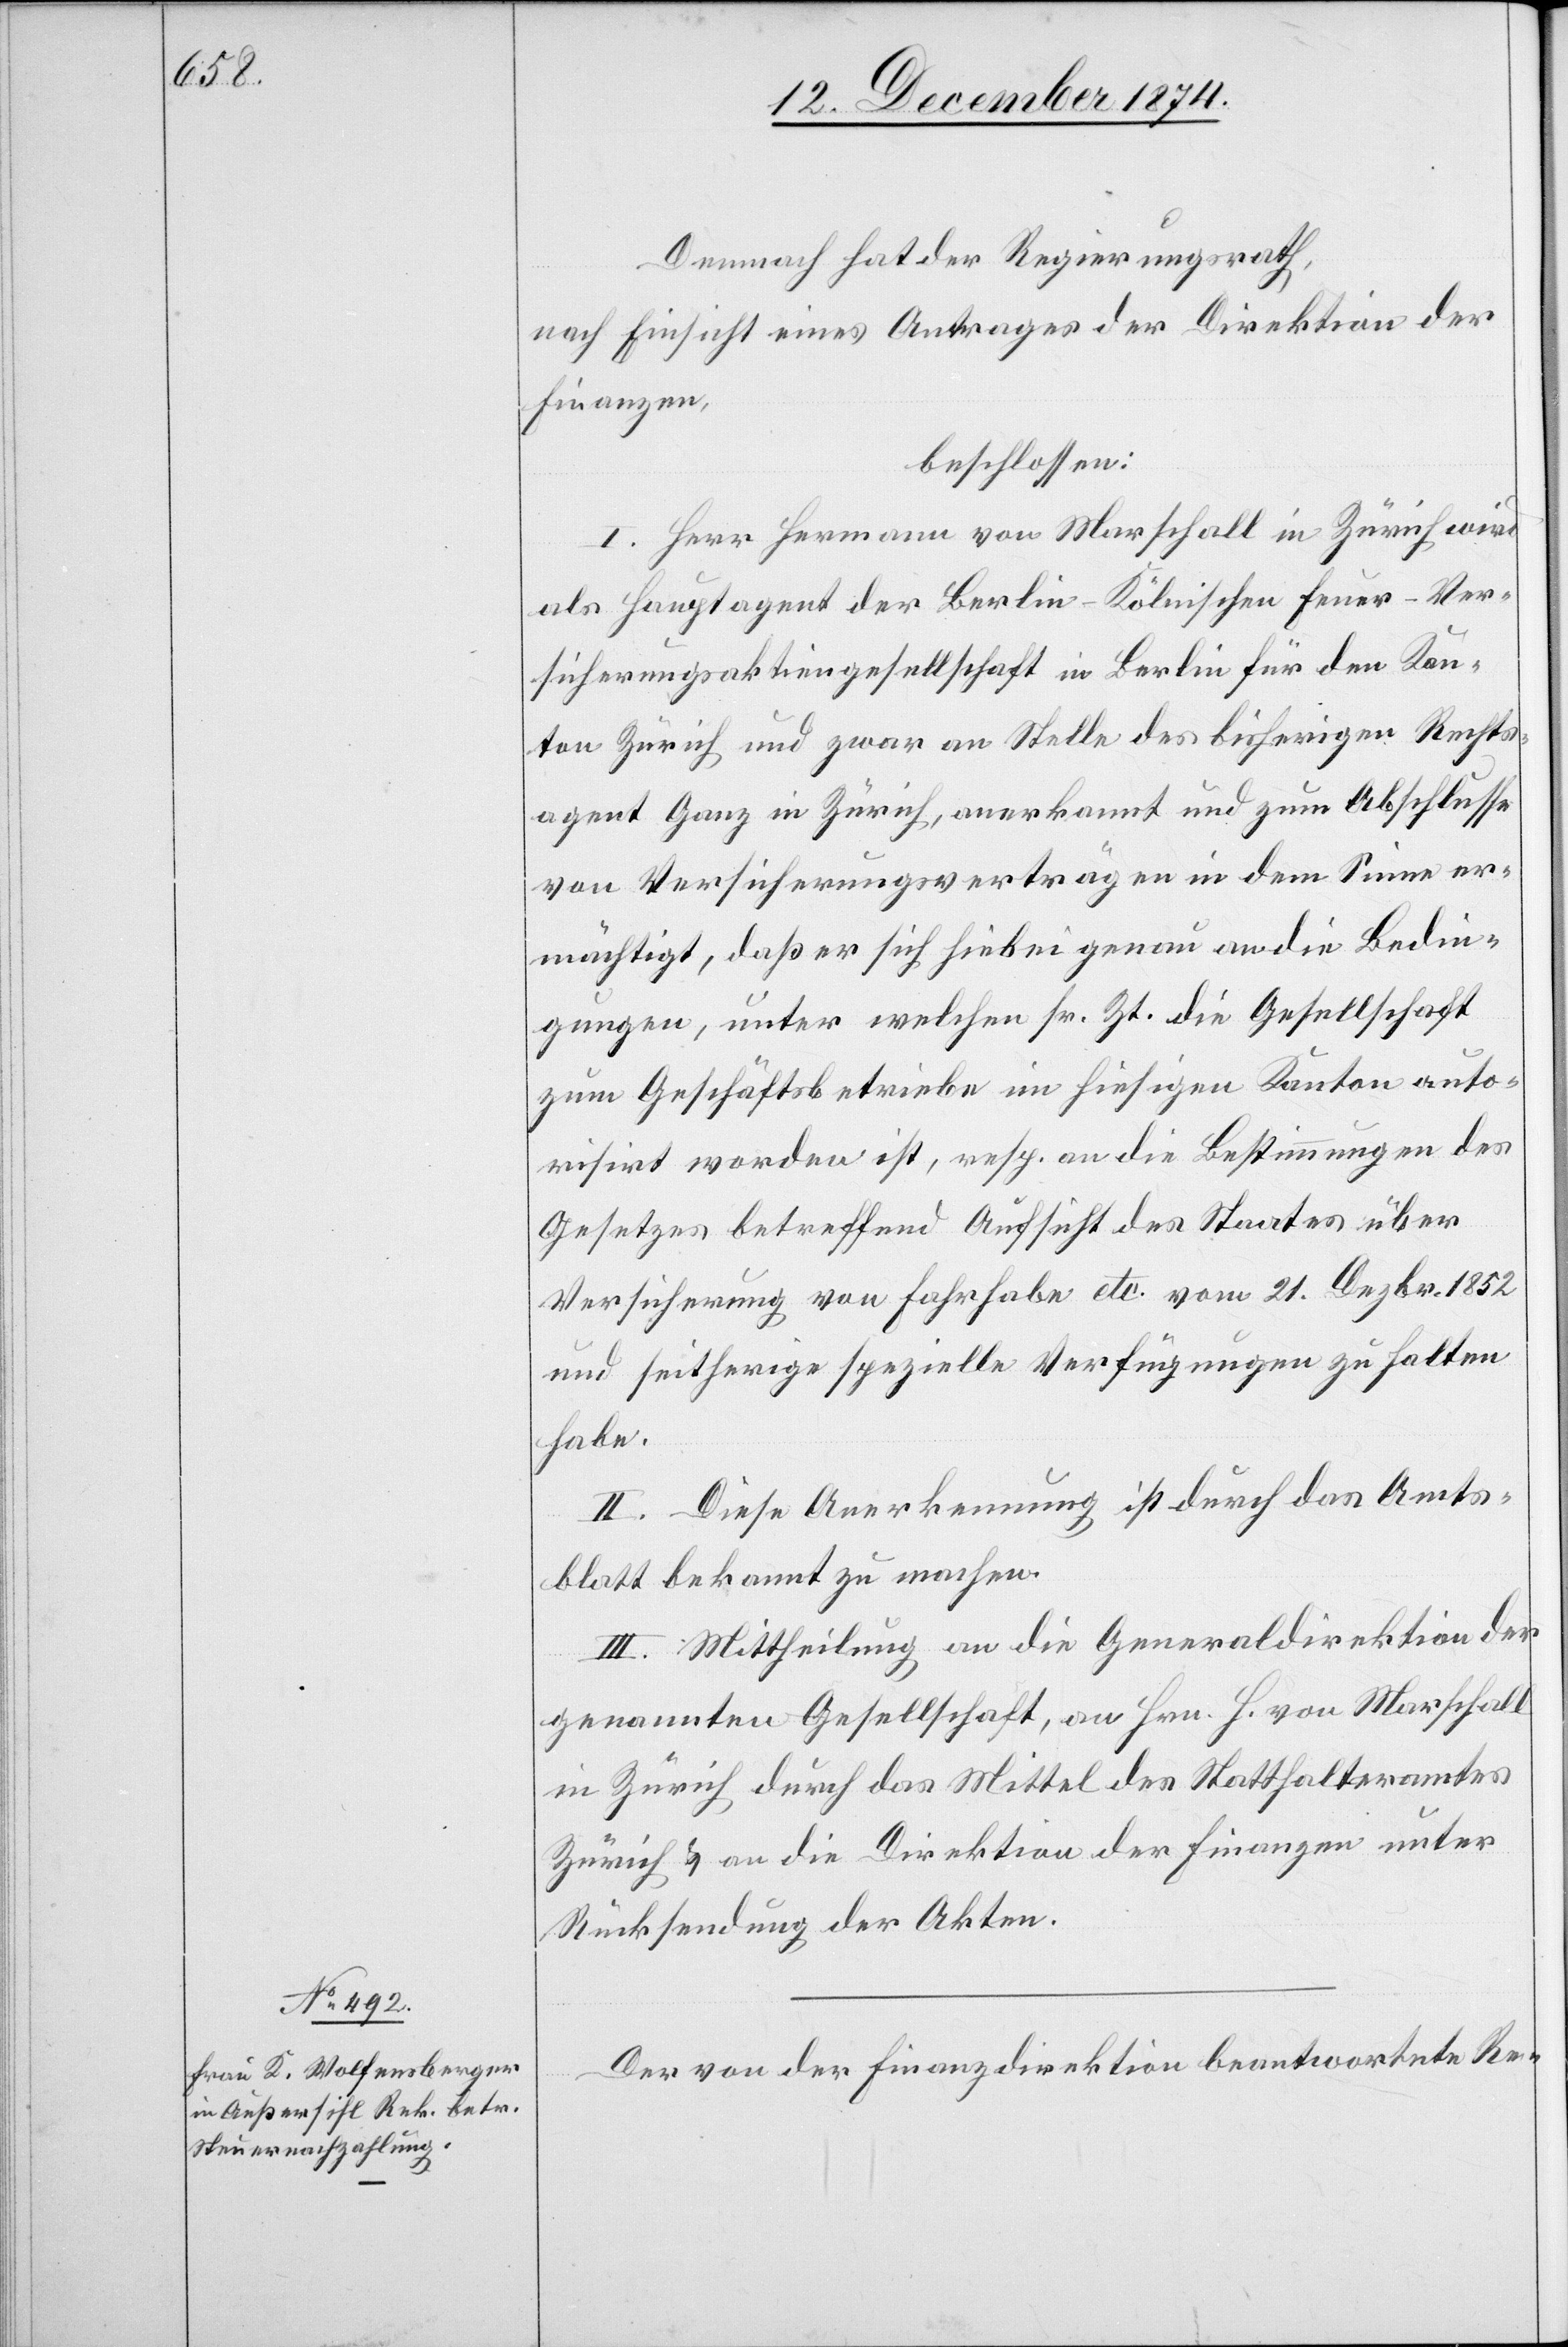
Demnach hat der Regierungsrath,
nach Einsicht eines Antrages der Direktion der
Finanzen,
beschlossen:
I. Herr Hermann von Marschall in Zürich wird
als Hauptagent der Berlin-Kölnischen Feuer-Ver¬
sicherungsaktiengesellschaft in Berlin für den Kan¬
ton Zürich und zwar an Stelle des bisherigen Rechts¬
agent Ganz in Zürich, anerkannt und zum Abschlusse
von Versicherungsverträgen in dem Sinne er¬
mächtigt, daß er sich hiebei genau an die Bedin¬
gungen, unter welchen sr. Zt. die Gesellschaft
zum Geschäftsbetriebe im hiesigen Kanton auto¬
risirt worden ist, resp. an die Bestimmungen des
Gesetzes betreffend Aufsicht des Staates über
Versicherung von Fahrhabe etc. vom 21. Dezbr. 1852
und seitherige spezielle Verfügungen zu halten
habe.
II. Diese Anerkennung ist durch das Amts¬
blatt bekannt zu machen.
III. Mittheilung an die Generaldirektion der
genannten Gesellschaft, an Hrn. H. von Marschall
in Zürich durch das Mittel des Statthalteramtes
Zürich & an die Direktion der Finanzen unter
Rücksendung der Akten.
Der von der Finanzdirektion beantwortete Re-